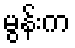
မွန်းက